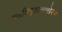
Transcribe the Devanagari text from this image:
वसतिगृहासमोरच